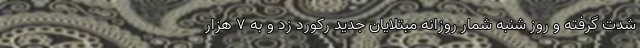
شدت گرفته و روز شنبه شمار روزانه مبتلایان جدید رکورد زد و به ۷ هزار